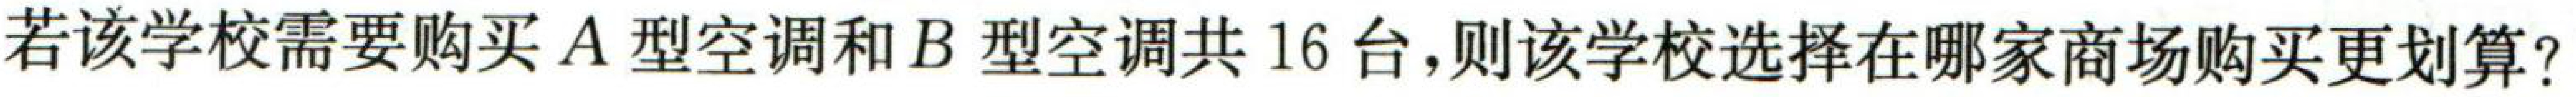
若该学校需要购买\(A\)型空调和\(B\)型空调共\(16\)台,则该学校选择在哪家商场购买更划算?